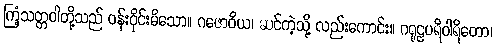
ကြံ့သတ္တဝါတို့သည် ဝန်းဝိုင်းမိသော။ ဂဇောဝိယ၊ ဆင်ကဲ့သို့ လည်းကောင်း။ ဂရုဠပရိဝါရိတော၊